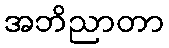
အဘိညာတာ